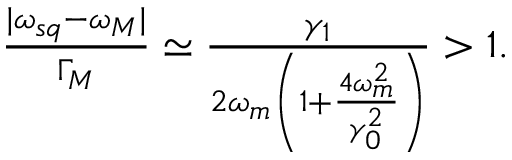
\begin{array} { r } { \frac { | \omega _ { s q } - \omega _ { M } | } { \Gamma _ { M } } \simeq \frac { \gamma _ { 1 } } { 2 \omega _ { m } \left( 1 + \frac { 4 \omega _ { m } ^ { 2 } } { \gamma _ { 0 } ^ { 2 } } \right) } > 1 . } \end{array}